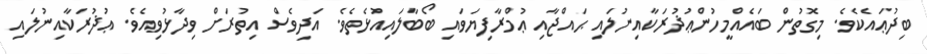
ބިދުޢައެކެވެ. މިގޮތުން ބައެއްމީހުންޢުޛުރަކާއިނުލައި ޙައްޖާއި ޢުމްރާފިޔަވައި ބޯބާލައިއުޅެތެވެ. އަދިވެސް އިތުރަށް ވިދާޅުވިއެވެ. ޢުޛުރަކާއިނުލައި